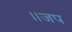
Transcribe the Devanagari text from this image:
॥जप